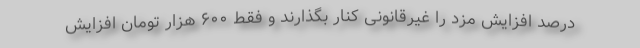
درصد افزایش مزد را غیرقانونی کنار بگذارند و فقط ۶۰۰ هزار تومان افزایش